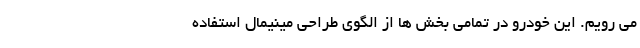
می رویم. این خودرو در تمامی بخش ها از الگوی طراحی مینیمال استفاده